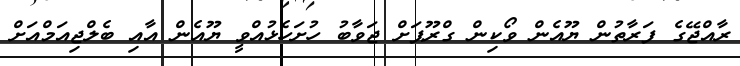
ރާއްޖޭގެ ފަރާތުން ޔޫއެން ވޯކިން ގްރޫޕަށް ޖަވާބު ހުށަހެޅުއްވީ ޔޫއެން އާއި ބެލްޖިއަމްއަށް